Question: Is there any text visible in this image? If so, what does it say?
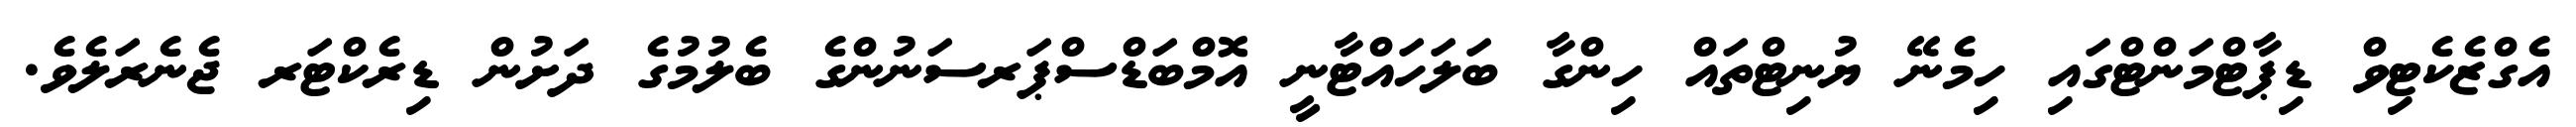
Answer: އެގްޒެކެޓިވް ޑިޕާޓްމަންޓްގައި ހިމެނޭ ޔުނިޓްތައް ހިންގާ ބަލަހައްޓާނީ އޮމްބަޑްސްޕަރސަނުންގެ ބެލުމުގެ ދަށުން ޑިރެކްޓަރ ޖެނެރަލެވެ.